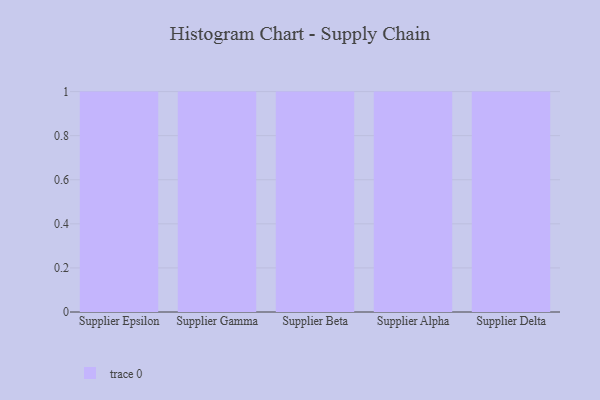
{"axis": {"x": "Supplier", "y": "Latency (ms)"}, "legend": [""], "data": [{"x": "Supplier Epsilon", "y": 82, "type": ""}, {"x": "Supplier Gamma", "y": 29, "type": ""}, {"x": "Supplier Beta", "y": 25, "type": ""}, {"x": "Supplier Alpha", "y": 83, "type": ""}, {"x": "Supplier Delta", "y": 76, "type": ""}]}